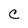
Character: c